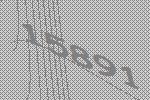
15891